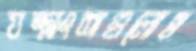
যন্ত্রাংশগুলোও